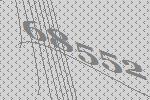
68552